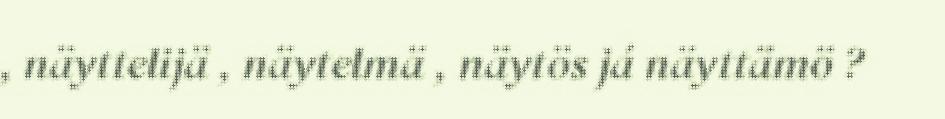
, näyttelijä , näytelmä , näytös já näyttämö ?